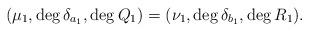
LaTeX: \begin{align*}(\mu_1, \deg \delta_{a_1}, \deg Q_1)=(\nu_1, \deg \delta_{b_1}, \deg R_1).\end{align*}